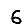
Digit: 6